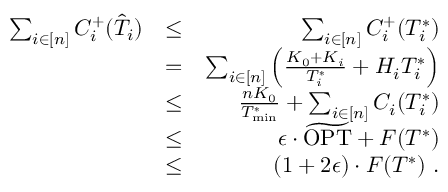
\begin{array} { r l r } { \sum _ { i \in [ n ] } C _ { i } ^ { + } ( \hat { T } _ { i } ) } & { \leq } & { \sum _ { i \in [ n ] } C _ { i } ^ { + } ( T _ { i } ^ { * } ) } \\ & { = } & { \sum _ { i \in [ n ] } \left( \frac { K _ { 0 } + K _ { i } } { T _ { i } ^ { * } } + H _ { i } T _ { i } ^ { * } \right) } \\ & { \leq } & { \frac { n K _ { 0 } } { T _ { \operatorname* { m i n } } ^ { * } } + \sum _ { i \in [ n ] } C _ { i } ( T _ { i } ^ { * } ) } \\ & { \leq } & { \epsilon \cdot \widetilde { \mathrm { O P T } } + F ( T ^ { * } ) } \\ & { \leq } & { ( 1 + 2 \epsilon ) \cdot F ( T ^ { * } ) \ . } \end{array}